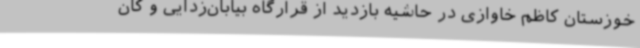
خوزستان کاظم خاوازی در حاشیه بازدید از قرارگاه بیابان‌زدایی و کان